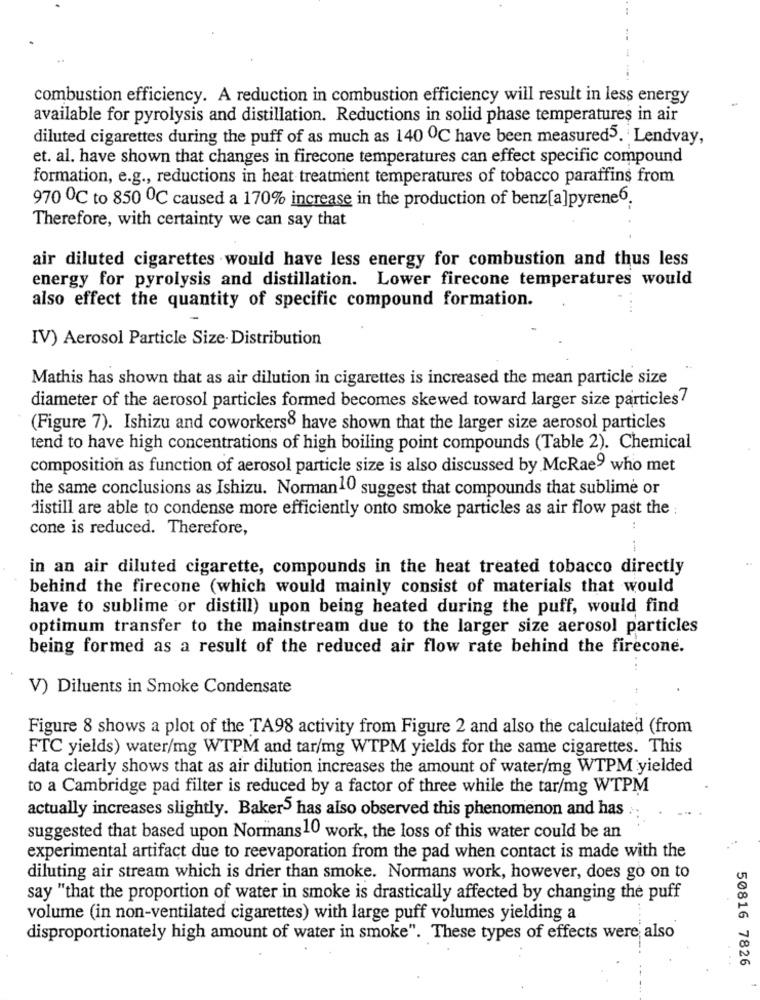
combustion efficiency. A reduction in combustion efficiency will result in less energy
available for pyrolysis and distillation. Reductions in solid phase temperatures in air
diluted cigarettes during the puff of as much as 140 ℃ have been measured5. Lendvay,
et. al. have shown that changes in firecone temperatures can effect specific compound
formation, e.g ., reductions in heat treatment temperatures of tobacco paraffins from
970 ℃ to 850 ℃ caused a 170% increase in the production of benz[a]pyrene6.
Therefore, with certainty we can say that
air diluted cigarettes would have less energy for combustion and thus less
energy for pyrolysis and distillation. Lower firecone temperatures would
also effect the quantity of specific compound formation.
IV) Aerosol Particle Size- Distribution
Mathis has shown that as air dilution in cigarettes is increased the mean particle size
diameter of the aerosol particles formed becomes skewed toward larger size particles7
(Figure 7). Ishizu and coworkers8 have shown that the larger size aerosol particles
tend to have high concentrations of high boiling point compounds (Table 2). Chemical
composition as function of aerosol particle size is also discussed by McRae9 who met
the same conclusions as Ishizu. Norman10 suggest that compounds that sublime or
distill are able to condense more efficiently onto smoke particles as air flow past the
cone is reduced. Therefore,
:
in an air diluted cigarette, compounds in the heat treated tobacco directly
behind the firecone (which would mainly consist of materials that would
have to sublime or distill) upon being heated during the puff, would find
optimum transfer to the mainstream due to the larger size aerosol particles
being formed as a result of the reduced air flow rate behind the firecone.
..
V) Diluents in Smoke Condensate
Figure 8 shows a plot of the TA98 activity from Figure 2 and also the calculated (from
FTC yields) water/mg WTPM and tar/mg WTPM yields for the same cigarettes. This
data clearly shows that as air dilution increases the amount of water/mg WTPM yielded
to a Cambridge pad filter is reduced by a factor of three while the tar/mg WTPM
actually increases slightly. Baker5 has also observed this phenomenon and has
suggested that based upon Normans10 work, the loss of this water could be an
experimental artifact due to reevaporation from the pad when contact is made with the
diluting air stream which is drier than smoke. Normans work, however, does go on to
say "that the proportion of water in smoke is drastically affected by changing the puff
volume (in non-ventilated cigarettes) with large puff volumes yielding a
disproportionately high amount of water in smoke". These types of effects were also
50816 7826